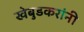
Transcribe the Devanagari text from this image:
खेबुडकरांनी